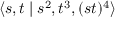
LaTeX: \langle s , t \mid s ^ { 2 } , t ^ { 3 } , ( s t ) ^ { 4 } \rangle